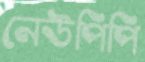
নেউপিপি